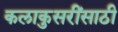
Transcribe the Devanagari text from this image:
कलाकुसरींसाठी